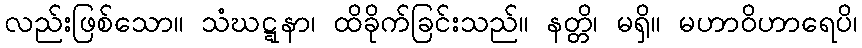
လည်းဖြစ်သော။ သံဃဋ္ဋနာ၊ ထိခိုက်ခြင်းသည်။ နတ္တိ၊ မရှိ။ မဟာဝိဟာရေပိ၊